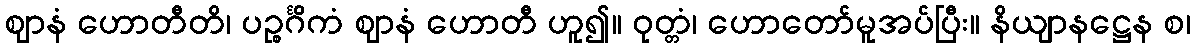
ဈာနံ ဟောတီတိ၊ ပဉ္စင်္ဂိကံ ဈာနံ ဟောတီ ဟူ၍။ ဝုတ္တံ၊ ဟောတော်မူအပ်ပြီး။ နိယျာနဋ္ဌေန စ၊